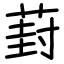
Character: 葑